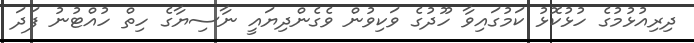
ދިރިއުޅުމުގެ ހުޅުކޮޅު ކަމުގައިވާ ހޫދުގެ ވަކިވުން ވެގެންދިޔައީ ނާސިޔާގެ ހިތް ހުއްޓުނު ފަދަ